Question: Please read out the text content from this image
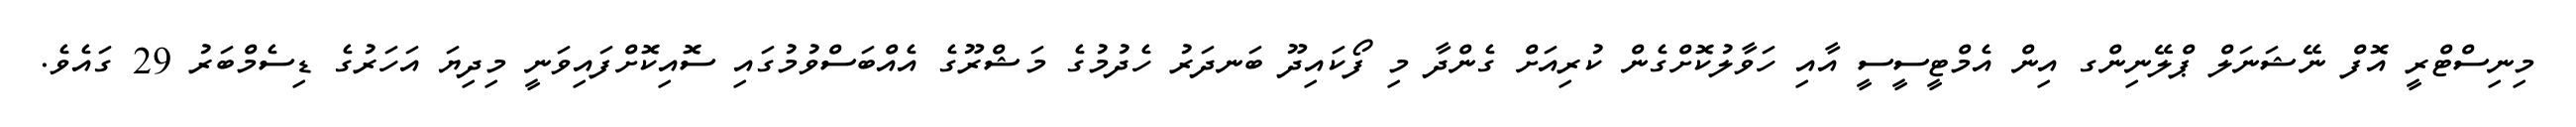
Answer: މިނިސްޓްރީ އޮފް ނޭޝަނަލް ޕްލޭނިންގ އިން އެމްޓީސީސީ އާއި ހަވާލުކޮށްގެން ކުރިއަށް ގެންދާ މި ފޯކައިދޫ ބަނދަރު ހެދުމުގެ މަޝްރޫގެ އެއްބަސްވުމުގައި ސޮއިކޮށްފައިވަނީ މިދިޔަ އަހަރުގެ ޑިސެމްބަރު 29 ގައެވެ.